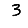
Digit: 3